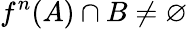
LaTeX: f^{n}(A)\cap B\neq\varnothing